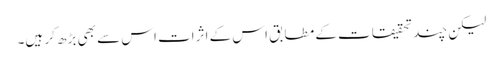
لیکن چند تحقیقات کے مطابق اس کے اثرات اس سے بھی بڑھ کر ہیں۔